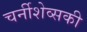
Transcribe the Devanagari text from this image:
चर्नीशेव्सकी